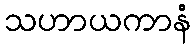
သဟာယကာနံ